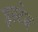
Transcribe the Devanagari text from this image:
इस्टेन